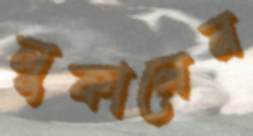
লুকালেন